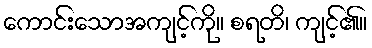
ကောင်းသောအကျင့်ကို။ စရတိ၊ ကျင့်၏။